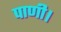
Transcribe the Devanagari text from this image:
पाणी।